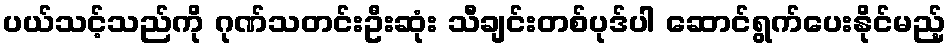
ပယ်သင့်သည်ကို ဂုဏ်သတင်းဦးဆုံး သီချင်းတစ်ပုဒ်ပါ ဆောင်ရွက်ပေးနိုင်မည့်